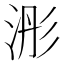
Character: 浵